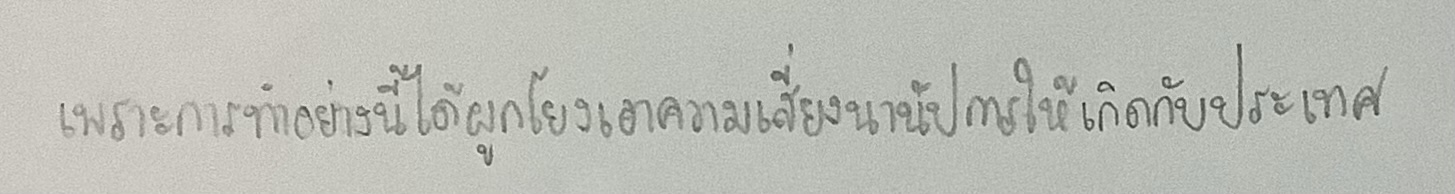
เพราะการทำอย่างนี้ได้ผูกโยงเอาความเสี่ยงนานัปการให้เกิดกับประเทศ"